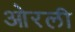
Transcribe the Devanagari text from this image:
ओरली